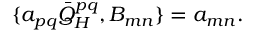
\{ a _ { p q } \bar { Q } _ { H } ^ { p q } , B _ { m n } \} = a _ { m n } .